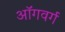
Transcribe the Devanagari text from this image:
ऑगवर्ग